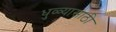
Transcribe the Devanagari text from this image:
धुळ्यासाठी